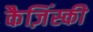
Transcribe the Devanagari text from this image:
कैज़िंस्की